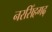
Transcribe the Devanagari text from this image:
नरसिँहगढ़